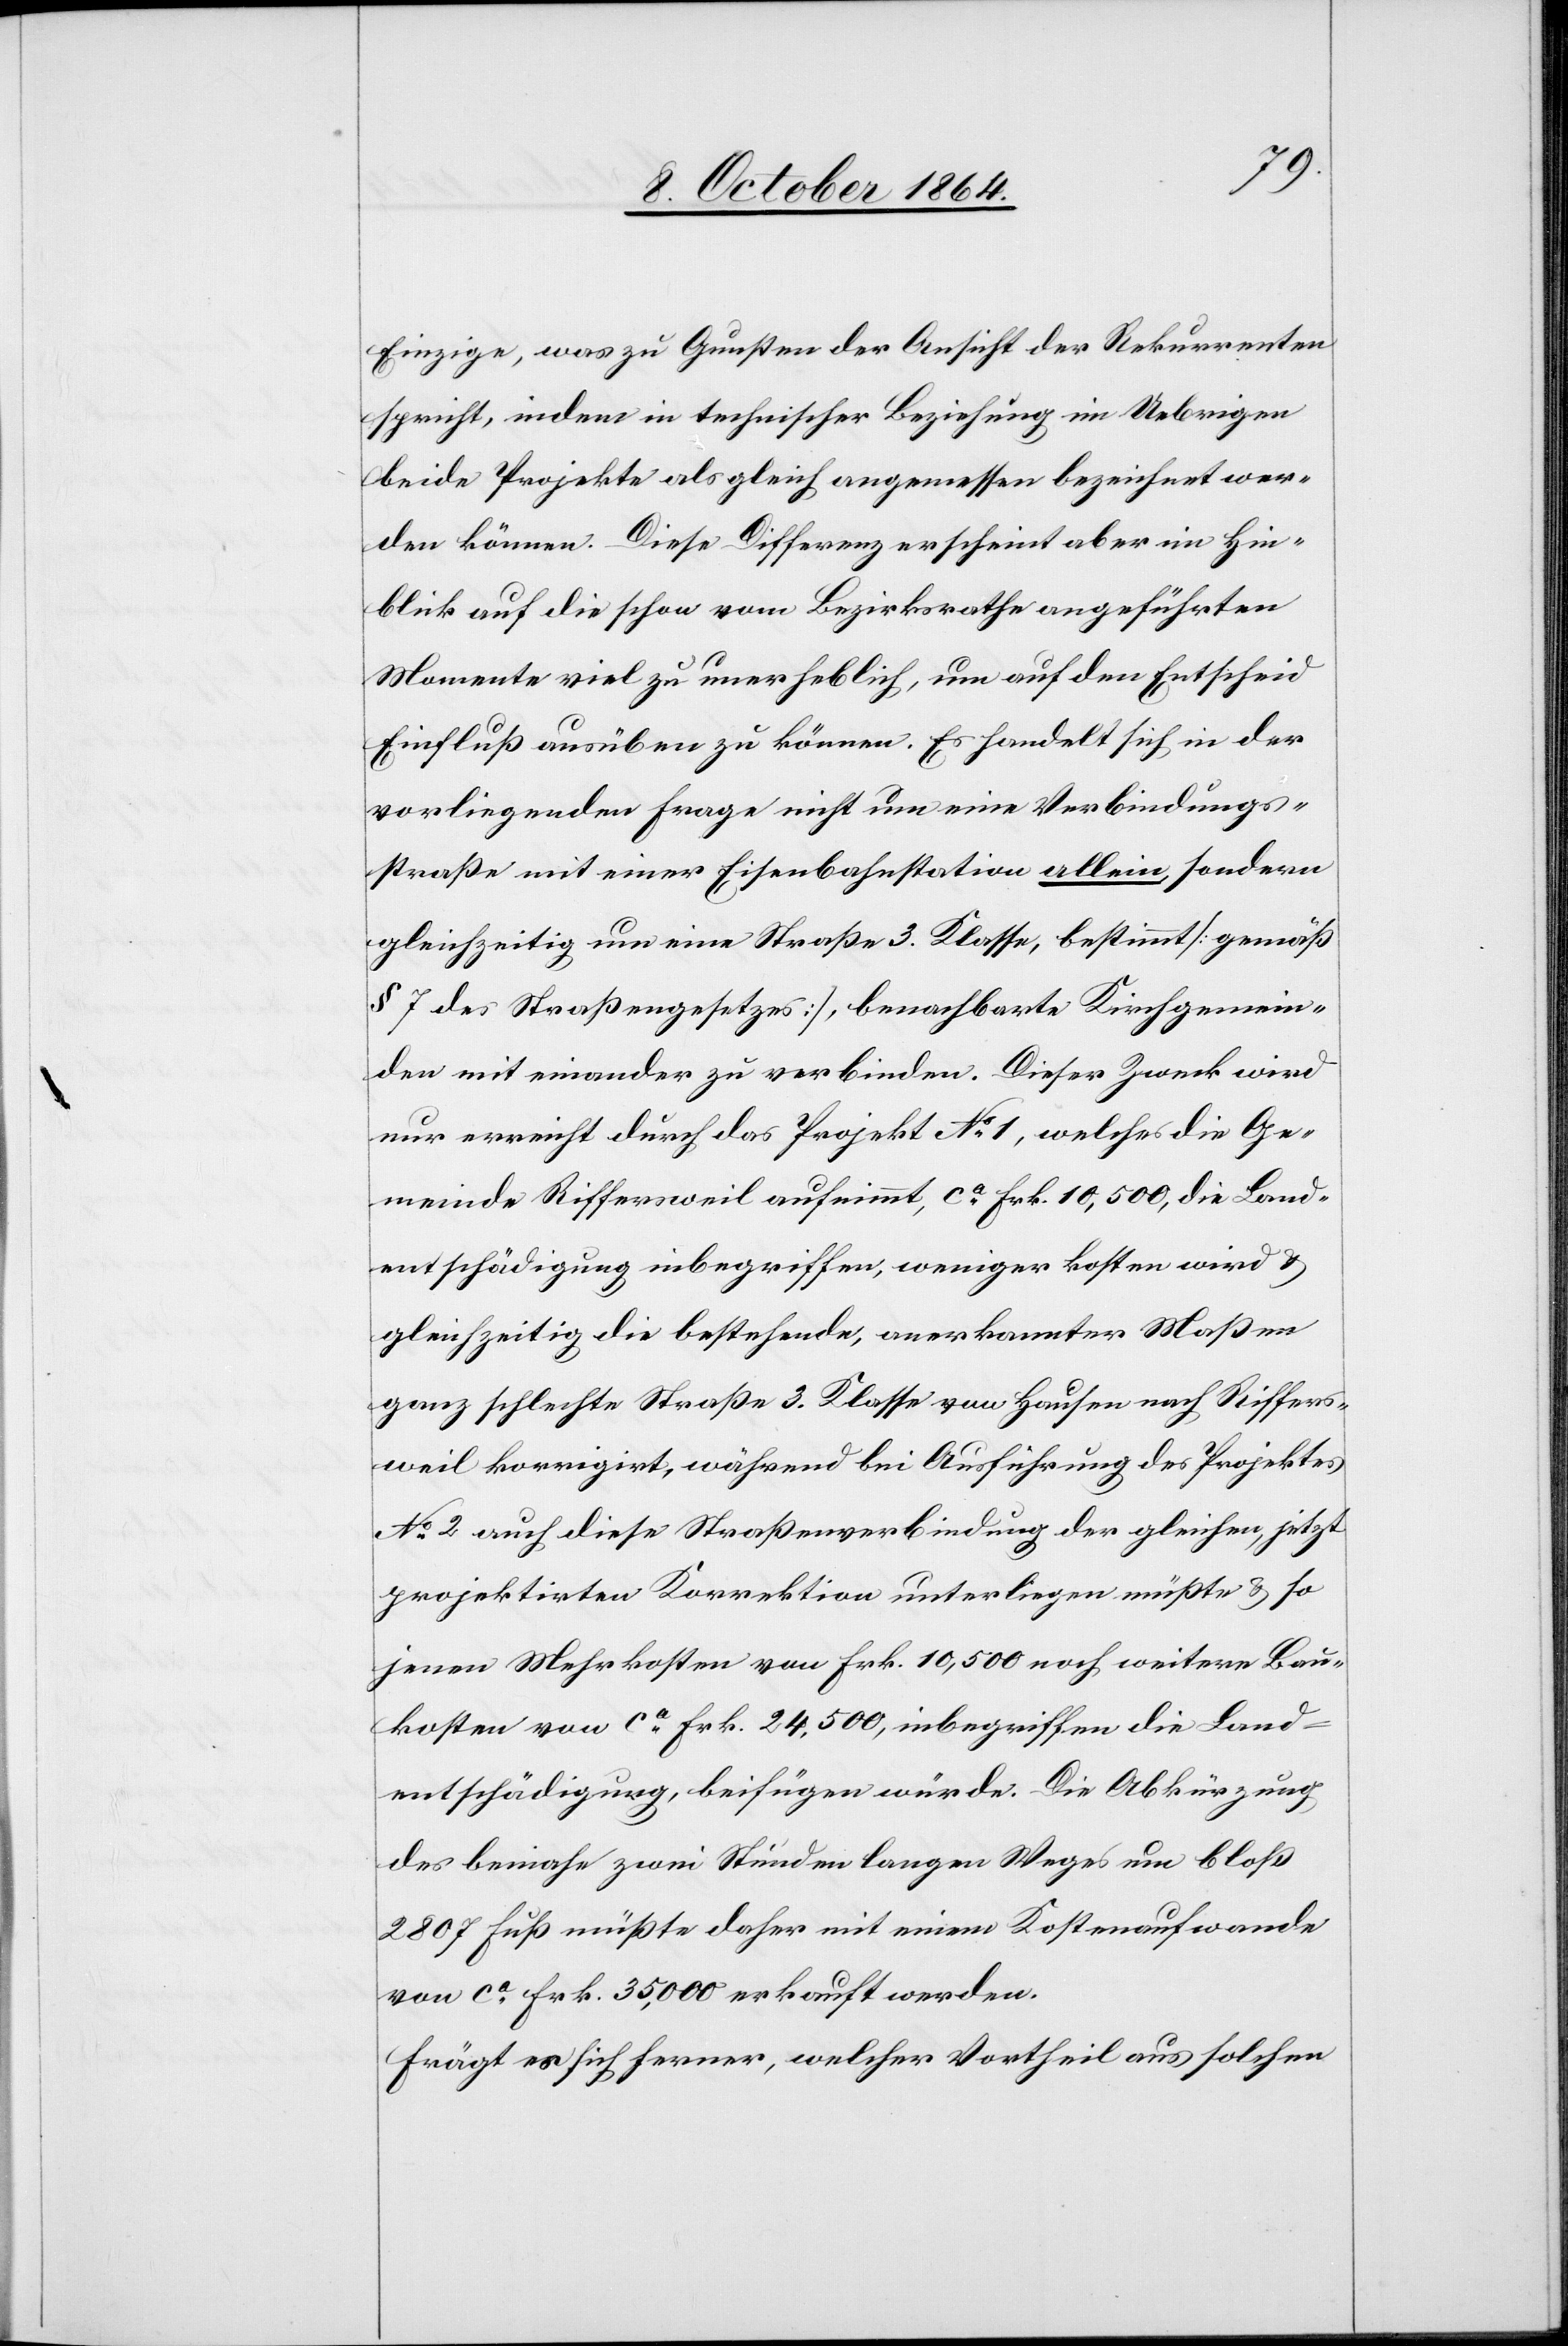
Einzige, was zu Gunsten der Ansicht der Rekurrenten
spricht, indem in technischer Beziehung im Uebrigen
beide Projekte als gleich angemessen bezeichnet wer¬
den können. Diese Differenz erscheint aber im Hin¬
blick auf die schon vom Bezirksrathe angeführten
Momente viel zu unerheblich, um auf den Entscheid
Einfluß ausüben zu können. Es handelt sich in der
vorliegenden Frage nicht um eine Verbindungs¬
straße mit einer Eisenbahnstation allein, sondern
gleichzeitig um eine Straße 3. Klasse, bestimmt [gemäß
§ 7 des Straßengesetzes], benachbarte Kirchgemein¬
den mit einander zu verbinden. Dieser Zweck wird
nur erreicht durch das Projekt No 1, welches die Ge¬
meinde Riffersweil aufnimmt, ca Frk. 10,500, die Land¬
entschädigung inbegriffen, weniger kosten wird &
gleichzeitig die bestehende, anerkannter Maßen
ganz schlechte Straße 3. Klasse von Hausen nach Riffers¬
weil korrigirt, während bei Ausführung des Projektes
No 2 auch diese Straßenverbindung der gleichen, jetzt
projektirten Korrektion unterliegen müßte & so
jenen Mehrkosten von Frk. 10,500 noch weitere Bau¬
kosten von ca Frk. 24,500, inbegriffen die Land¬
entschädigung, beifügen würde. Die Abkürzung
des beinahe zwei Stunden langen Weges um bloß
2 807 Fuß müßte daher mit einem Kostenaufwande
von ca Frk. 35,000 erkauft werden.
Frägt es sich ferner, welcher Vortheil aus solchen